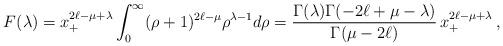
LaTeX: \begin{align*} F(\lambda) = x^{2\ell-\mu+\lambda}_+\int^\infty_0 (\rho+1)^{2\ell-\mu} \rho^{\lambda-1} d\rho = \frac{\Gamma(\lambda)\Gamma(-2\ell+\mu-\lambda)}{\Gamma(\mu-2\ell)}\, x^{2\ell-\mu+\lambda}_+\,,\end{align*}